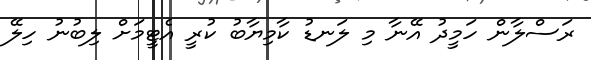
ރަސްލާން ހަމީދު އޭނާ މި ލަނޑު ކާމިޔާބު ކުރީ އެޓީމަށް ލިބުނު ހިލޭ